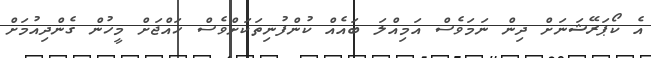
އެ ކޯޕަރޭޝަނަށް ދިން ނަމަވެސް އަމިއްލަ ބައެއް ކުންފުނިތަކަށްވެސް ހައްޖަށް މީހުން ގެންދިއުމަށް